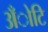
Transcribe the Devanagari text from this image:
अँोटि